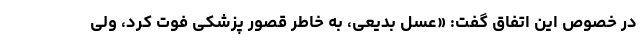
در خصوص این اتفاق گفت: «عسل بدیعی، به خاطر قصور پزشکی فوت کرد، ولی